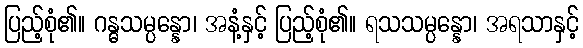
ပြည့်စုံ၏။ ဂန္ဓသမ္ပန္နော၊ အနံ့နှင့် ပြည့်စုံ၏။ ရသသမ္ပန္နော၊ အရသာနှင့်